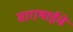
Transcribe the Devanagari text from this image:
साराभाईचे